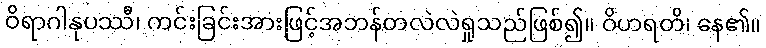
ဝိရာဂါနုပဿီ၊ ကင်းခြင်းအားဖြင့်အဘန်တလဲလဲရှုသည်ဖြစ်၍။ ဝိဟရတိ၊ နေ၏။